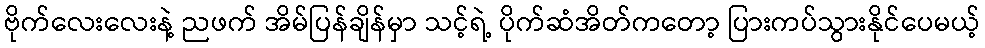
ဗိုက်လေးလေးနဲ့ ညဖက် အိမ်ပြန်ချိန်မှာ သင့်ရဲ့ ပိုက်ဆံအိတ်ကတော့ ပြားကပ်သွားနိုင်ပေမယ့်